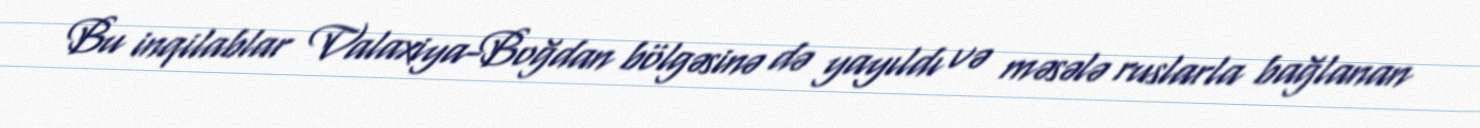
Bu inqilablar Valaxiya-Boğdan bölgəsinə də yayıldı və məsələ ruslarla bağlanan